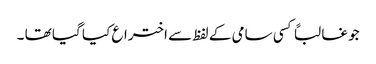
جو غالباً کسی سامی کے لفظ سے اختراع کیا گیا تھا ۔